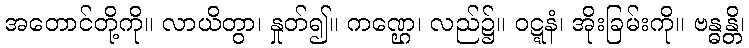
အတောင်တို့ကို။ လာယိတွာ၊ နှုတ်၍။ ကဏ္ဌေ၊ လည်၌။ ဝဋ္ဋနံ၊ အိုးခြမ်းကို။ ဗန္ဓန္တိ၊